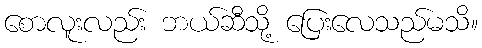
စောလူးလည်း ဘယ်ဆီသို့ ပြေးလေသည်မသိ။